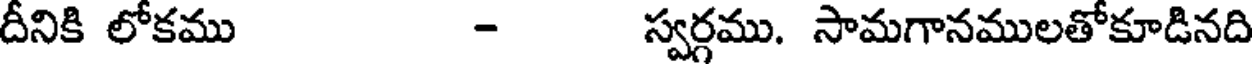
దీనికి లోకము - స్వర్గము. సామగానములతోకూడినది